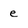
Character: e